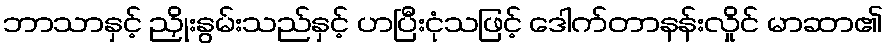
ဘာသာနှင့် ညှိုးနွမ်းသည်နှင့် ဟပြီးငုံသဖြင့် ဒေါက်တာနန်းလှိုင် မာဆာ၏